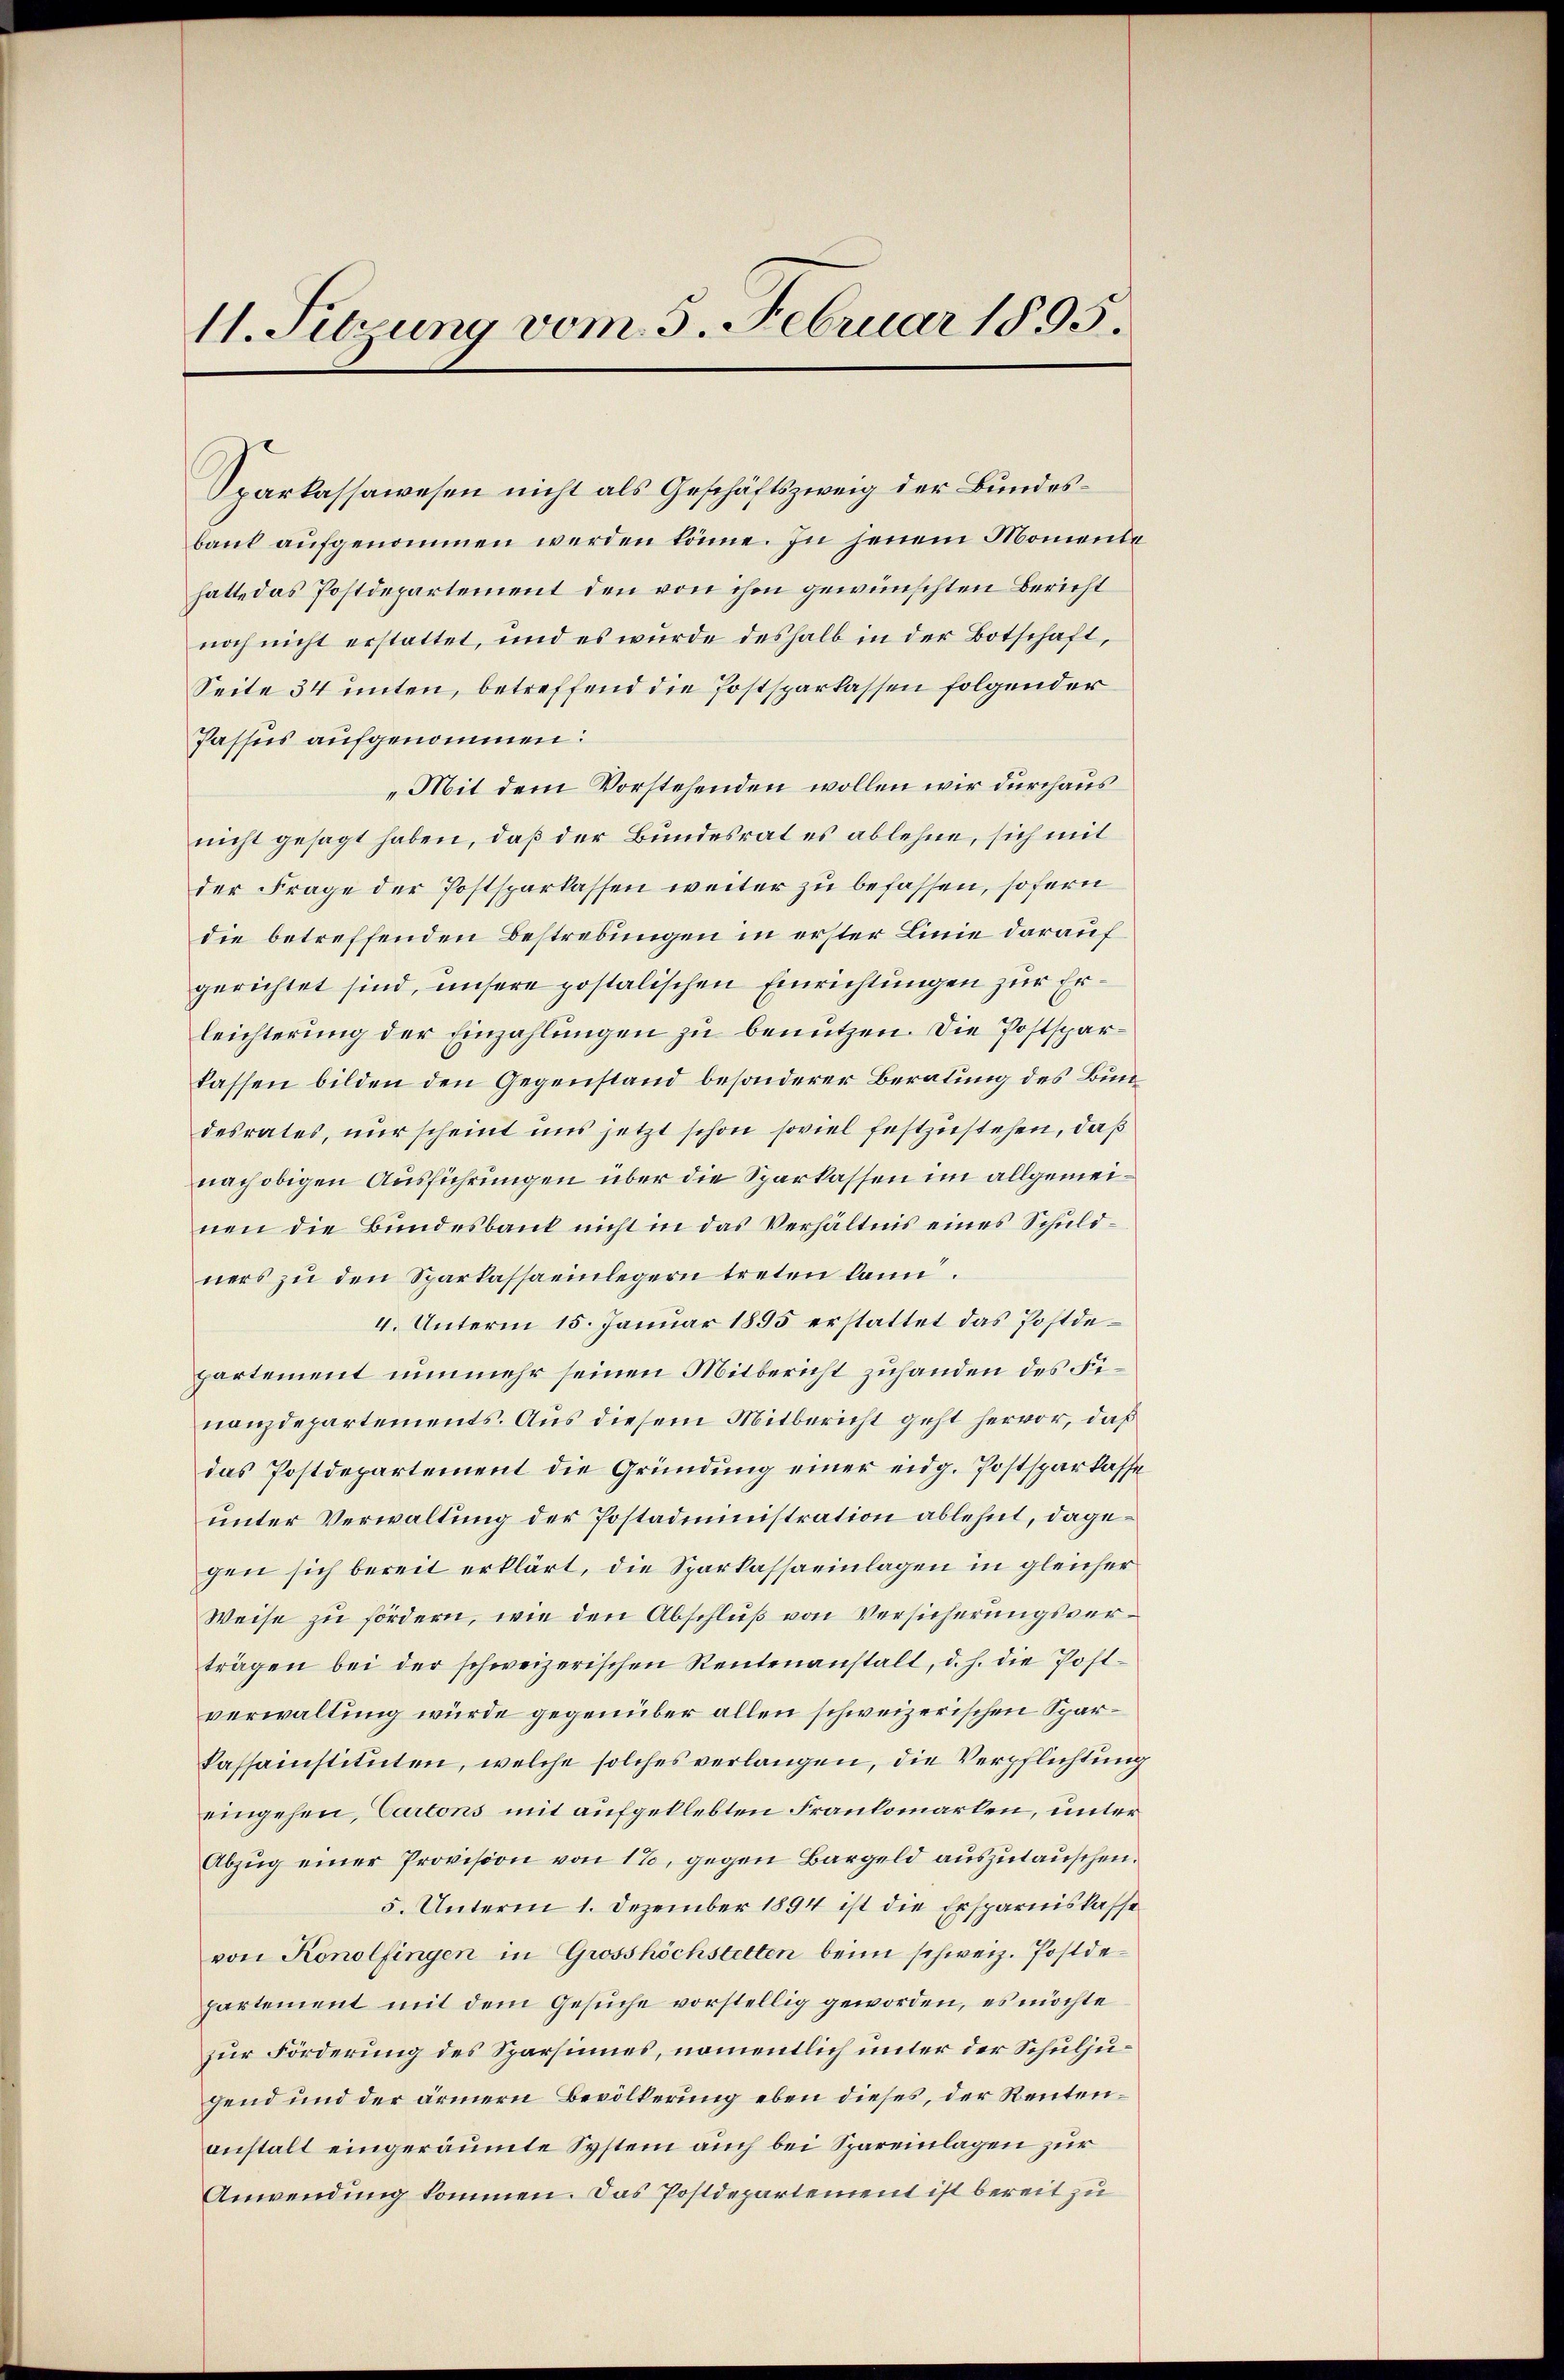
11. Sitzung vom 5. Februar 1895.

Sparkassawesen nicht als Geschäftszweig der Bundesbaut aufgenommen werden könne. In jenem Momenta
hatte das Postdepartement den von ihm gewünschten Bericht
noch nicht erstattet, und es wurde deshalb in der Botschaft,
Seite 34 unten, betreffend die Postsparkassen folgender
Passus aufgenommen.
„Mit dem Vorstehenden wollen wir durchaus
nicht gesagt haben, daß der Bundesrat es ablehne, sich mit
der Frage der Postsparkassen weiter zu befassen, sofern
die betreffenden Bestrebungen in erster Linie darauf
gerichtet sind, unsere postalischen Einrichtungen zur Erleichterung der Einzahlungen zu benutzen. Die Postsparkassen bilden den Gegenstand besonderer Beratung des Bundesrates, nur scheint uns jetzt schon soviel festzustehen, daß
nach obigen Ausführungen über die Sparkassen im allgemeinen die Bundesbank nicht in das Verhältnis eines Schuldners zu den Sparkassaeinlegern treten kann.
4. Unterm 15. Januar 1895 erstattet das Postdepartement nunmehr seinen Mitbericht zuhanden des Finanzdepartements. Aus diesem Mitbericht geht hervor, daß
das Postdepartement die Gründung einer eidg. Postsparkasse
unter Verwaltung der Postadministration ablehnt, dagegen sich bereit erklärt, die Sparkassaeinlagen in gleicher
Weise zu fördern, wie den Abschluß von Versicherungsverträgen bei der schweizerischen Rentenanstalt, d. h. die Post-
verwaltung würde gegenüber allen schweizerischen Sparkassainstituten, welche solches verlangen, die Verpflichtung
eingehen, Cartons mit aufgeklebten Frankomarken, unter¬
Abzug einer Provision von 1%, gegen Bargeld auszutauschen.
5. Unterm 1. Dezember 1894 ist die Ersparniskasse
von Konolfingen in Grosshöchstelten beim schweiz. Postdepartement mit dem Gesuche vorstellig geworden, es möchte
zur Förderung des Sparsinnes, namentlich unter der Schuljugend und der ärmern Bevölkerung eben dieses, der Rentenanstalt eingeräumte System auch bei Spareinlagen zur
Anwendung kommen. Das Postdepartement ist bereit zu